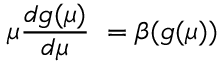
\mu \frac { d g ( \mu ) } { d \mu } \ = \beta ( g ( \mu ) )